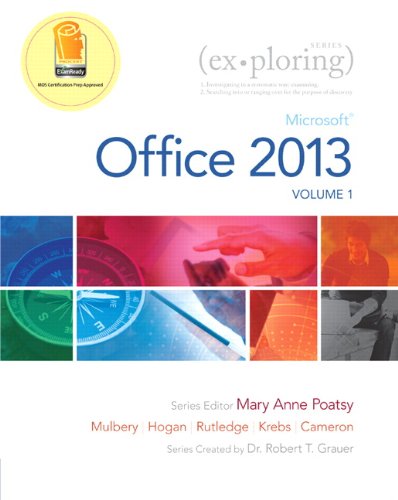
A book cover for Exploring Microsoft Office 2013, Volume 1 (Exploring for Office 2013); Mary Anne Poatsy; Computers & Technology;